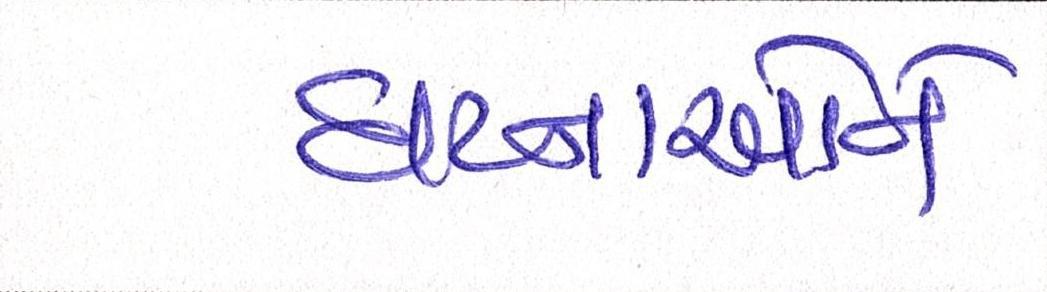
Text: ઘટનાઓને